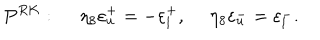
P ^ { R K } : \ \eta _ { 8 } \varepsilon _ { u } ^ { + } = - \varepsilon _ { l } ^ { + } , \ \eta _ { 8 } \varepsilon _ { u } ^ { - } = \varepsilon _ { l } ^ { - } .